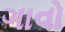
ગાવો